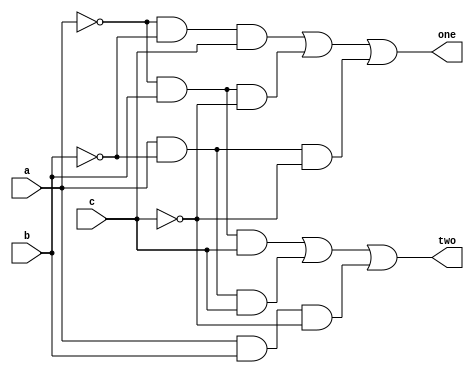
// Design a circuit that takes three one-bit inputs
// and outputs two one-bit signals, where the outputs
// are defined by:

// - output "one" is true when exactly one input is true
// - output "two" is true when exactly two inputs are true

module one_two_set(one, two, a, b, c);
   output one, two;
   input a, b, c;
   wire not_a, not_b, not_c, o1, o2, o3, t1, t2, t3; 
  
   not n0(not_a, a);
   not n1(not_b, b);
   not n2(not_c, c);
   and a0(o1, not_a, not_b, c);
   and a1(o2, not_a, b, not_c);
   and a2(o3, a, not_b, not_c);
   and a3(t1, not_a, b, c);
   and a4(t2, a, not_b, c);
   and a5(t3, a, b, not_c);
   
   or or1(one, o1, o2, o3);
   or or2(two, t1, t2, t3);
 
endmodule // one_two_set